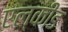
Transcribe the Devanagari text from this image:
एल्कीड